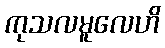
ကုသလမူလေဟိ